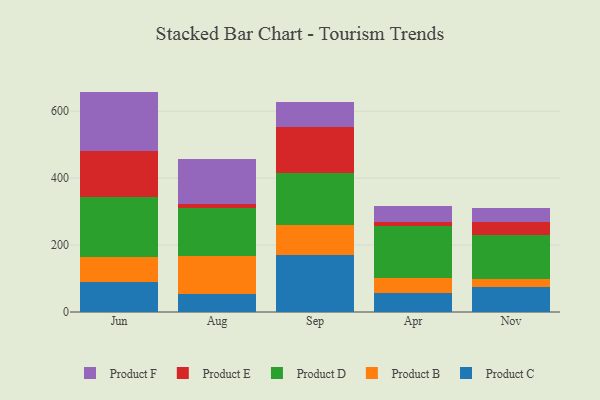
{"axis": {"x": "Month", "y": "Satisfaction Score"}, "legend": ["Product B", "Product C", "Product D", "Product E", "Product F"], "data": [{"x": "Jun", "y": 89.0, "type": "Product C"}, {"x": "Jun", "y": 76.0, "type": "Product B"}, {"x": "Jun", "y": 177.4, "type": "Product D"}, {"x": "Jun", "y": 138.9, "type": "Product E"}, {"x": "Jun", "y": 177.3, "type": "Product F"}, {"x": "Aug", "y": 52.9, "type": "Product C"}, {"x": "Aug", "y": 115.0, "type": "Product B"}, {"x": "Aug", "y": 142.7, "type": "Product D"}, {"x": "Aug", "y": 12.0, "type": "Product E"}, {"x": "Aug", "y": 133.2, "type": "Product F"}, {"x": "Sep", "y": 169.1, "type": "Product C"}, {"x": "Sep", "y": 92.0, "type": "Product B"}, {"x": "Sep", "y": 155.6, "type": "Product D"}, {"x": "Sep", "y": 136.9, "type": "Product E"}, {"x": "Sep", "y": 72.7, "type": "Product F"}, {"x": "Apr", "y": 55.3, "type": "Product C"}, {"x": "Apr", "y": 46.1, "type": "Product B"}, {"x": "Apr", "y": 156.4, "type": "Product D"}, {"x": "Apr", "y": 10.2, "type": "Product E"}, {"x": "Apr", "y": 48.8, "type": "Product F"}, {"x": "Nov", "y": 75.2, "type": "Product C"}, {"x": "Nov", "y": 23.9, "type": "Product B"}, {"x": "Nov", "y": 131.4, "type": "Product D"}, {"x": "Nov", "y": 38.7, "type": "Product E"}, {"x": "Nov", "y": 42.5, "type": "Product F"}]}